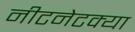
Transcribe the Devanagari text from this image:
नीटनेटक्या